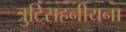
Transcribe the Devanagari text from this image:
त्रुटिसहनीयना